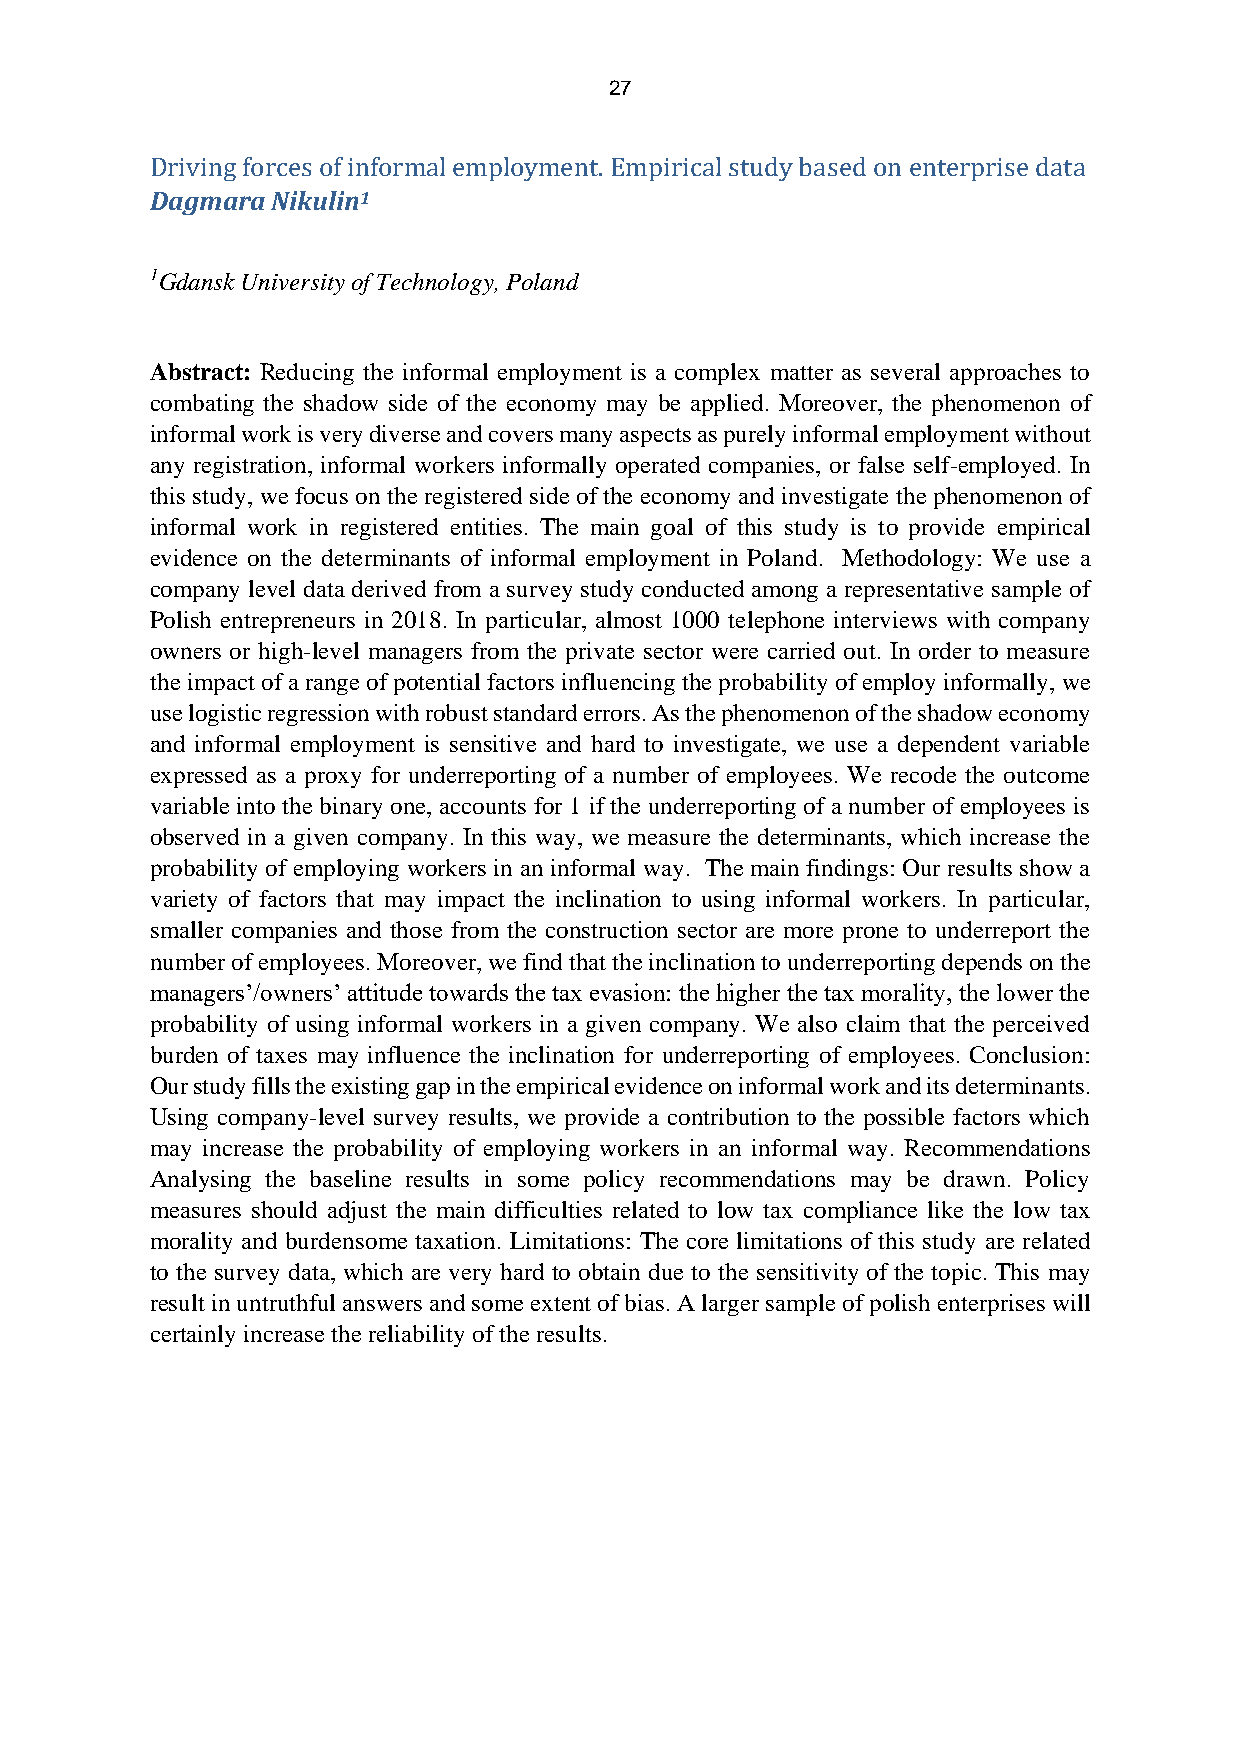
27
 Driving forces of informal employment. Empirical study based on enterprise data
 Dagmara Nikulin1
 1Gdansk University of Technology, Poland
 Abstract: Reducing the informal employment is a complex matter as several approaches to
 combating the shadow side of the economy may be applied. Moreover, the phenomenon of
 informal work is very diverse and covers many aspects as purely informal employment without
 any registration, informal workers informally operated companies, or false self-employed. In
 this study, we focus on the registered side of the economy and investigate the phenomenon of
 informal work in registered entities. The main goal of this study is to provide empirical
 evidence on the determinants of informal employment in Poland. Methodology: We use a
 company level data derived from a survey study conducted among a representative sample of
 Polish entrepreneurs in 2018. In particular, almost 1000 telephone interviews with company
 owners or high-level managers from the private sector were carried out. In order to measure
 the impact of a range of potential factors influencing the probability of employ informally, we
 use logistic regression with robust standard errors. As the phenomenon of the shadow economy
 and informal employment is sensitive and hard to investigate, we use a dependent variable
 expressed as a proxy for underreporting of a number of employees. We recode the outcome
 variable into the binary one, accounts for 1 if the underreporting of a number of employees is
 observed in a given company. In this way, we measure the determinants, which increase the
 probability of employing workers in an informal way. The main findings: Our results show a
 variety of factors that may impact the inclination to using informal workers. In particular,
 smaller companies and those from the construction sector are more prone to underreport the
 number of employees. Moreover, we find that the inclination to underreporting depends on the
 managers’/owners’ attitude towards the tax evasion: the higher the tax morality, the lower the
 probability of using informal workers in a given company. We also claim that the perceived
 burden of taxes may influence the inclination for underreporting of employees. Conclusion:
 Our study fills the existing gap in the empirical evidence on informal work and its determinants.
 Using company-level survey results, we provide a contribution to the possible factors which
 may increase the probability of employing workers in an informal way. Recommendations
 Analysing the baseline results in some policy recommendations may be drawn. Policy
 measures should adjust the main difficulties related to low tax compliance like the low tax
 morality and burdensome taxation. Limitations: The core limitations of this study are related
 to the survey data, which are very hard to obtain due to the sensitivity of the topic. This may
 result in untruthful answers and some extent of bias. A larger sample of polish enterprises will
 certainly increase the reliability of the results.